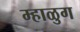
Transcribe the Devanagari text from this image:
म्हाळुग